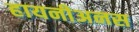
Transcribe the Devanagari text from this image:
हायनीअनस